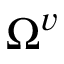
\Omega ^ { v }